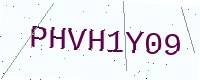
Text: PHVH1Y09